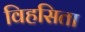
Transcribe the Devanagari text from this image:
विहसिता